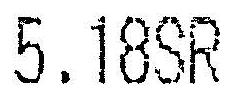
5.18SR